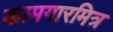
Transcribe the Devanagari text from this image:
कामगारमित्र